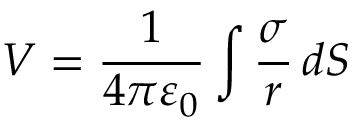
V = { \frac { 1 } { 4 \pi \varepsilon _ { 0 } } } \int { \frac { \sigma } { r } } \, d S